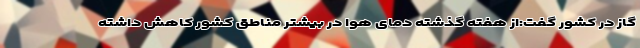
گاز در کشور گفت:از هفته گذشته دمای هوا در بیشتر مناطق کشور کاهش داشته